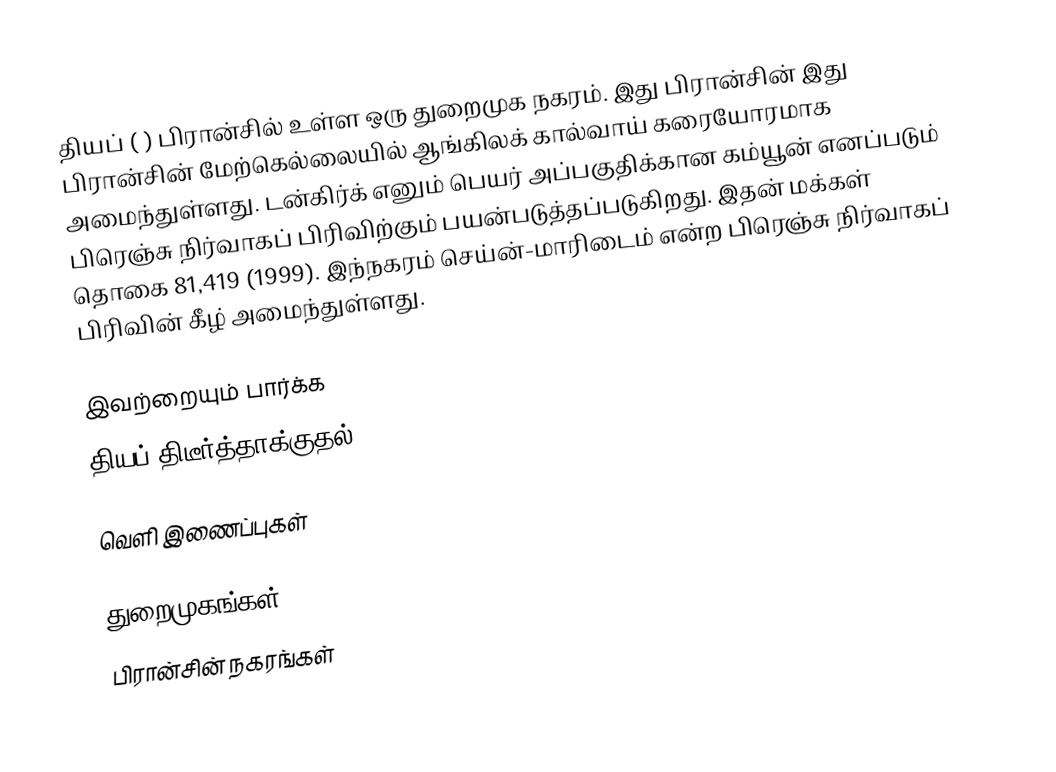
தியப் ( ) பிரான்சில் உள்ள ஒரு துறைமுக நகரம். இது பிரான்சின் இது பிரான்சின் மேற்கெல்லையில் ஆங்கிலக் கால்வாய் கரையோரமாக அமைந்துள்ளது. டன்கிர்க் எனும் பெயர் அப்பகுதிக்கான கம்யூன் எனப்படும் பிரெஞ்சு நிர்வாகப் பிரிவிற்கும் பயன்படுத்தப்படுகிறது. இதன் மக்கள் தொகை 81,419 (1999). இந்நகரம் செய்ன்-மாரிடைம் என்ற பிரெஞ்சு நிர்வாகப் பிரிவின் கீழ் அமைந்துள்ளது.

இவற்றையும் பார்க்க
 தியப் திடீர்த்தாக்குதல்

வெளி இணைப்புகள்

துறைமுகங்கள்
பிரான்சின் நகரங்கள்